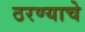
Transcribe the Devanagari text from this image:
ठरण्याचे